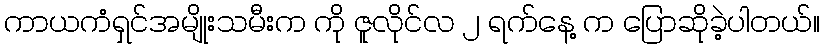
ကာယကံရှင်အမျိုးသမီးက ကို ဇူလိုင်လ ၂ ရက်နေ့ က ပြောဆိုခဲ့ပါတယ်။